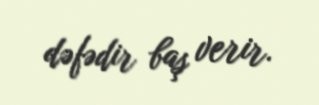
dəfədir baş verir.